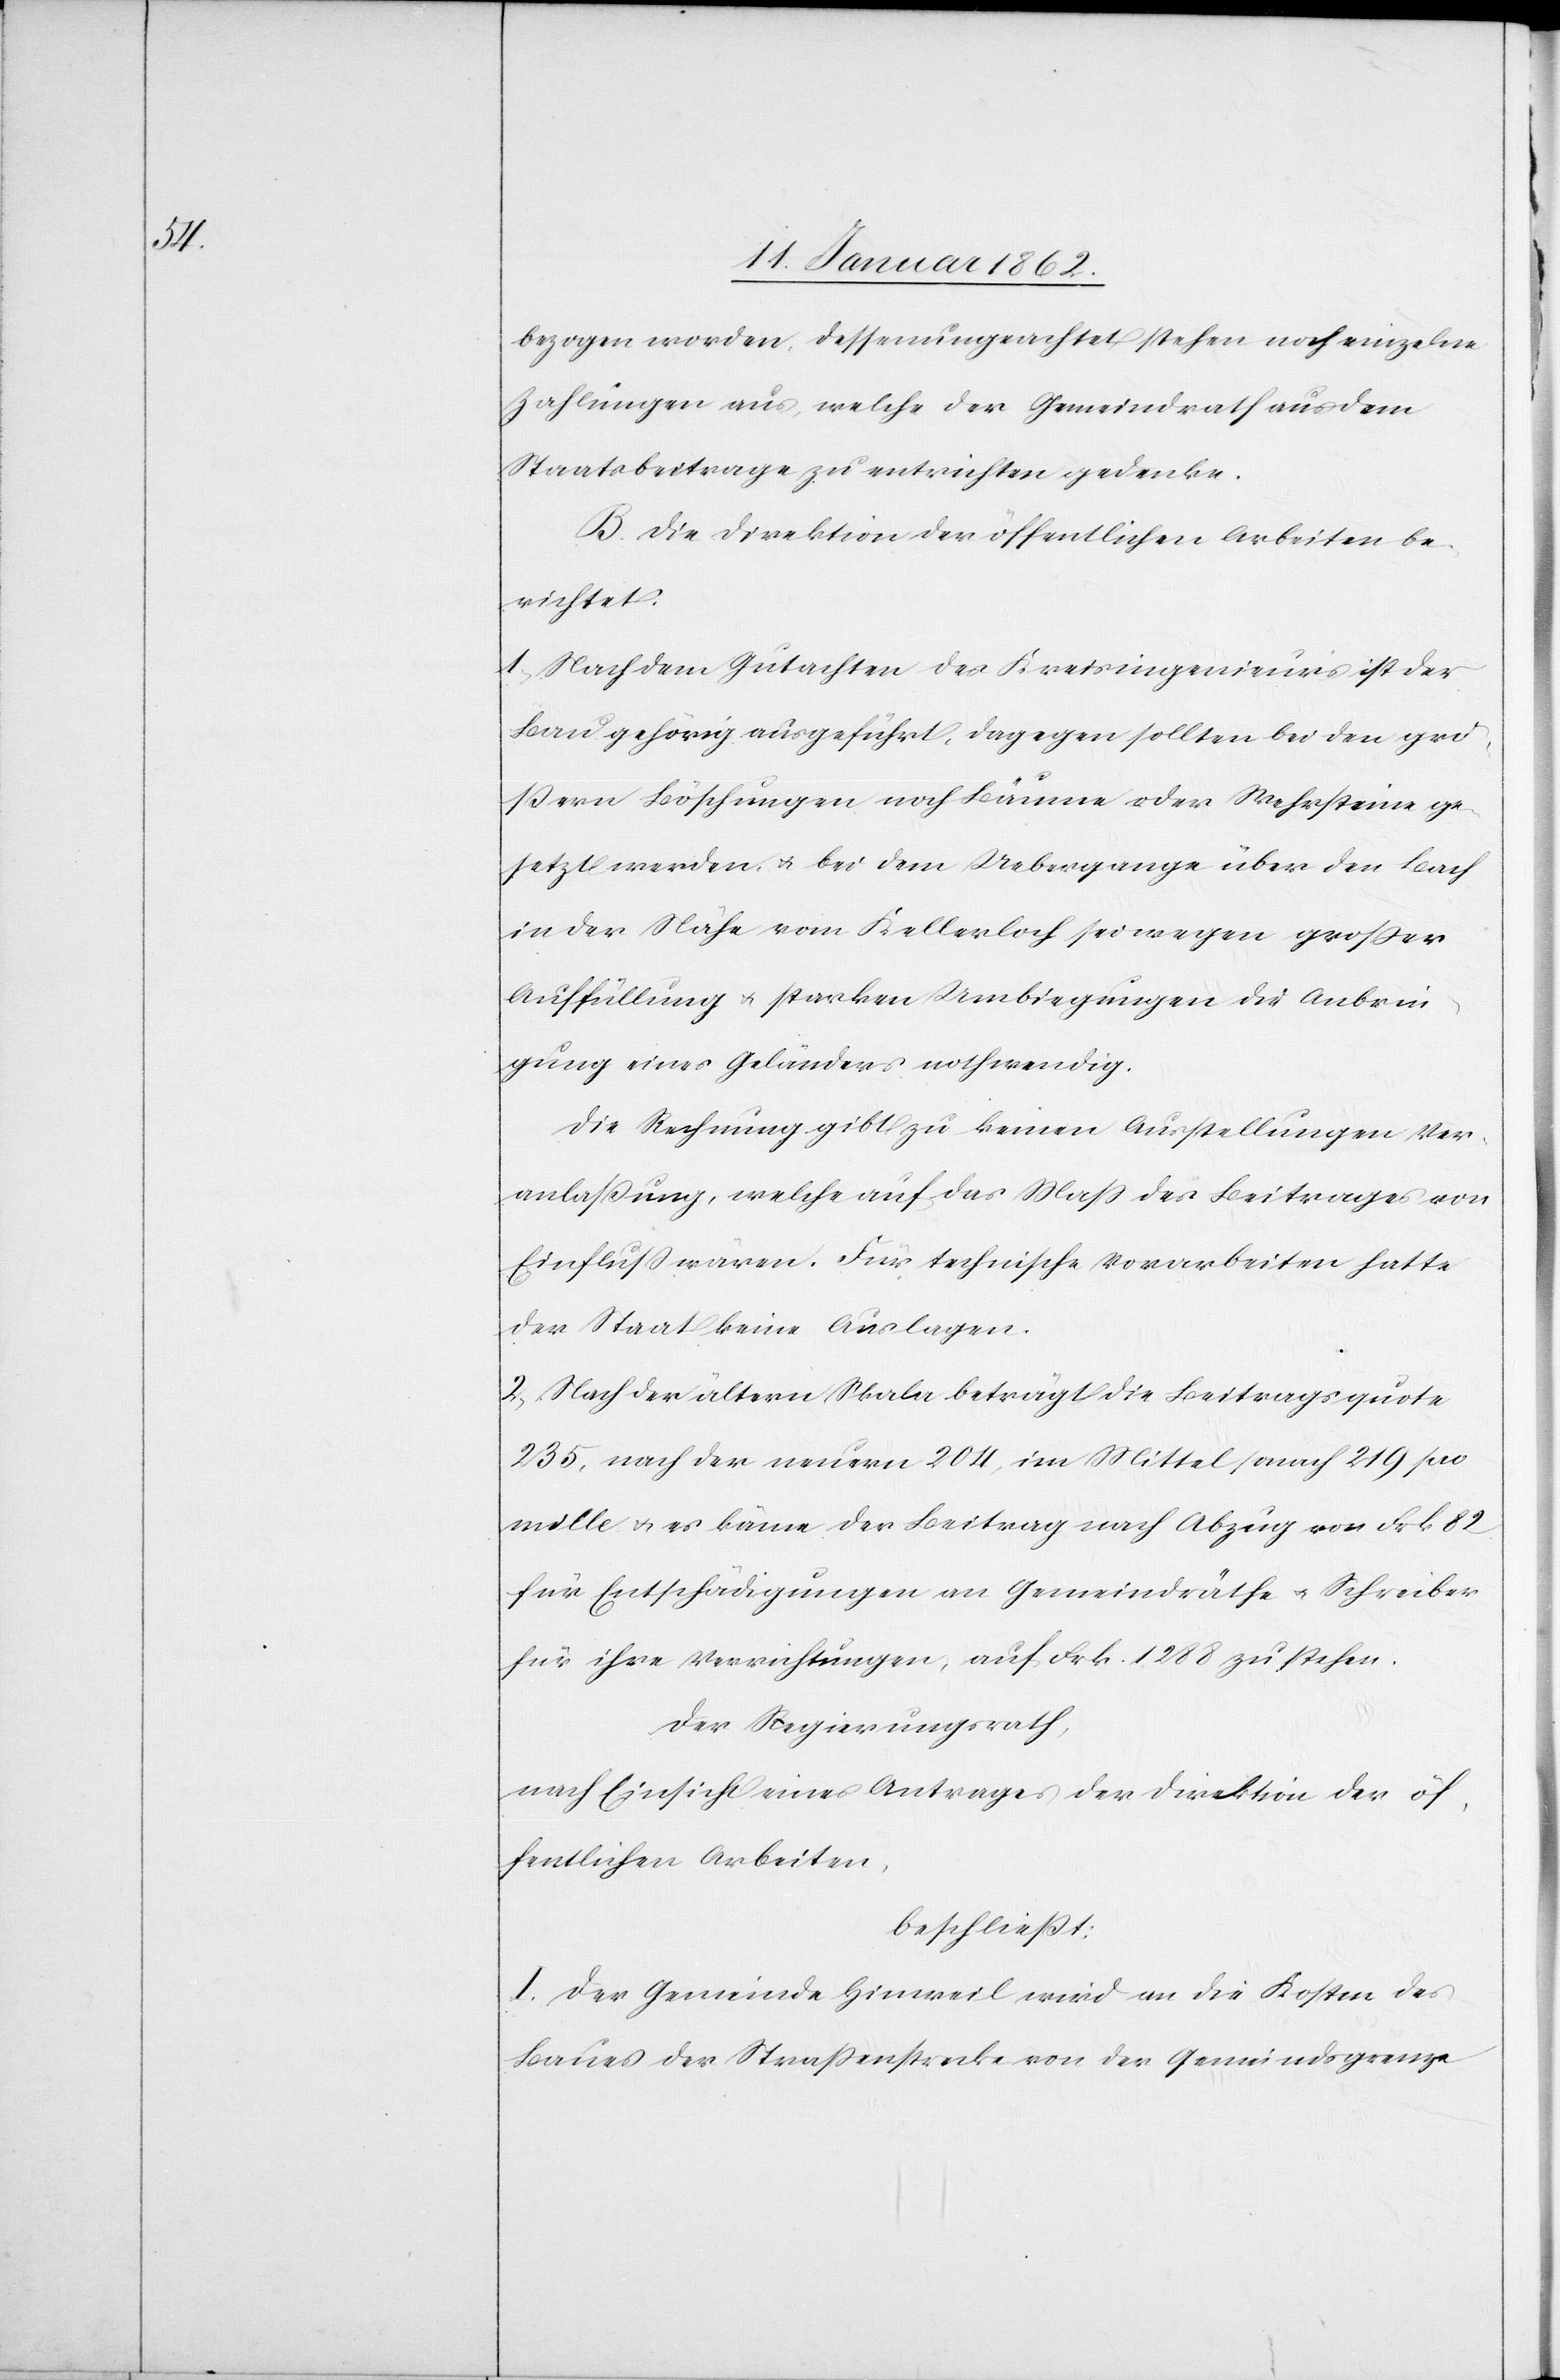
bezogen worden, dessenungeachtet stehen noch einzelne
Zahlungen aus, welche der Gemeindrath aus dem
Staatsbeitrage zu entrichten gedenke.
B. Die Direktion der öffentlichen Arbeiten be¬
richtet:
1. Nach dem Gutachten des Kreisingenieurs ist der
Bau gehörig ausgeführt, dagegen sollten bei den gro¬
ßen Böschungen noch Bäume oder Wehrsteine ge¬
setzt werden, u. bei dem Uebergange über den Bach
in der Nähe vom Kellerloch sei wegen großer
Auffüllung u. starken Umbiegungen die Anbrin¬
gung eines Geländers nothwendig.
Die Rechnung gibt zu keinen Ausstellungen Ver¬
anlaßung, welche auf das Maß des Beitrages von
Einfluß wären. Für technische Vorarbeiten hatte
der Staat keine Auslagen.
2. Nach der ältern Skala beträgt die Beitragsquote
235, nach der neuern 204, im Mittel sonach 219 pro
mille u. es käme der Beitrag nach Abzug von Frk 82
für Entschädigungen an Gemeindräthe u. Schreiber
für ihre Verrichtungen, auf Frk. 1288 zu stehen.
Der Regierungsrath,
nach Einsicht eines Antrages der Direktion der öf¬
fentlichen Arbeiten,
beschließt:
I. Der Gemeinde Hinweil wird an die Kosten des
Baues der Straßenstrecke von der Gemeindsgrenze